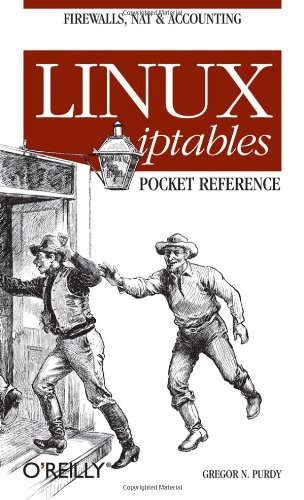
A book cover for Linux iptables Pocket Reference; Gregor N. Purdy; Computers & Technology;